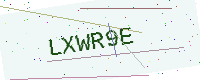
Text: LXWR9E